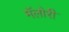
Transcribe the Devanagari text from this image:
मॅलोरी